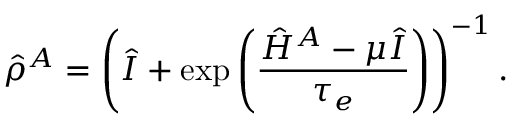
\hat { \rho } ^ { A } = \left( \hat { I } + \exp \left( \frac { \hat { H } ^ { A } - \mu \hat { I } } { \tau _ { e } } \right) \right) ^ { - 1 } .